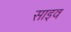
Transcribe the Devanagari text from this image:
साइव